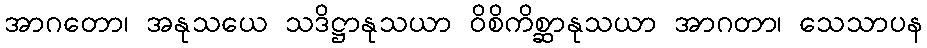
အာဂတော၊ အနုသယေ သဒိဋ္ဌာနုသယာ ဝိစိကိစ္ဆာနုသယာ အာဂတာ၊ သေသာပန